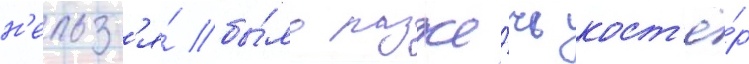
н'ельз'я́ бы́ло разже́чь кост'ё́р